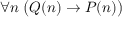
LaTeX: \forall n \; { \bigl ( } Q ( n ) \rightarrow P ( n ) { \bigr ) }